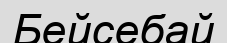
Бейсебай